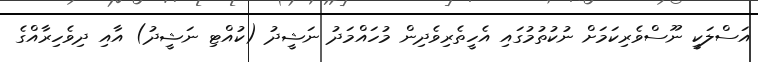
އަސްލަކީ ނޫސްވެރިކަމަށް ނުކުތުމުގައި އެހީތެރިވެދިން މުހައްމަދު ނަޝީދު (ކުއްޓި ނަޝީދު) އާއި ދިވެހިރާއްގެ